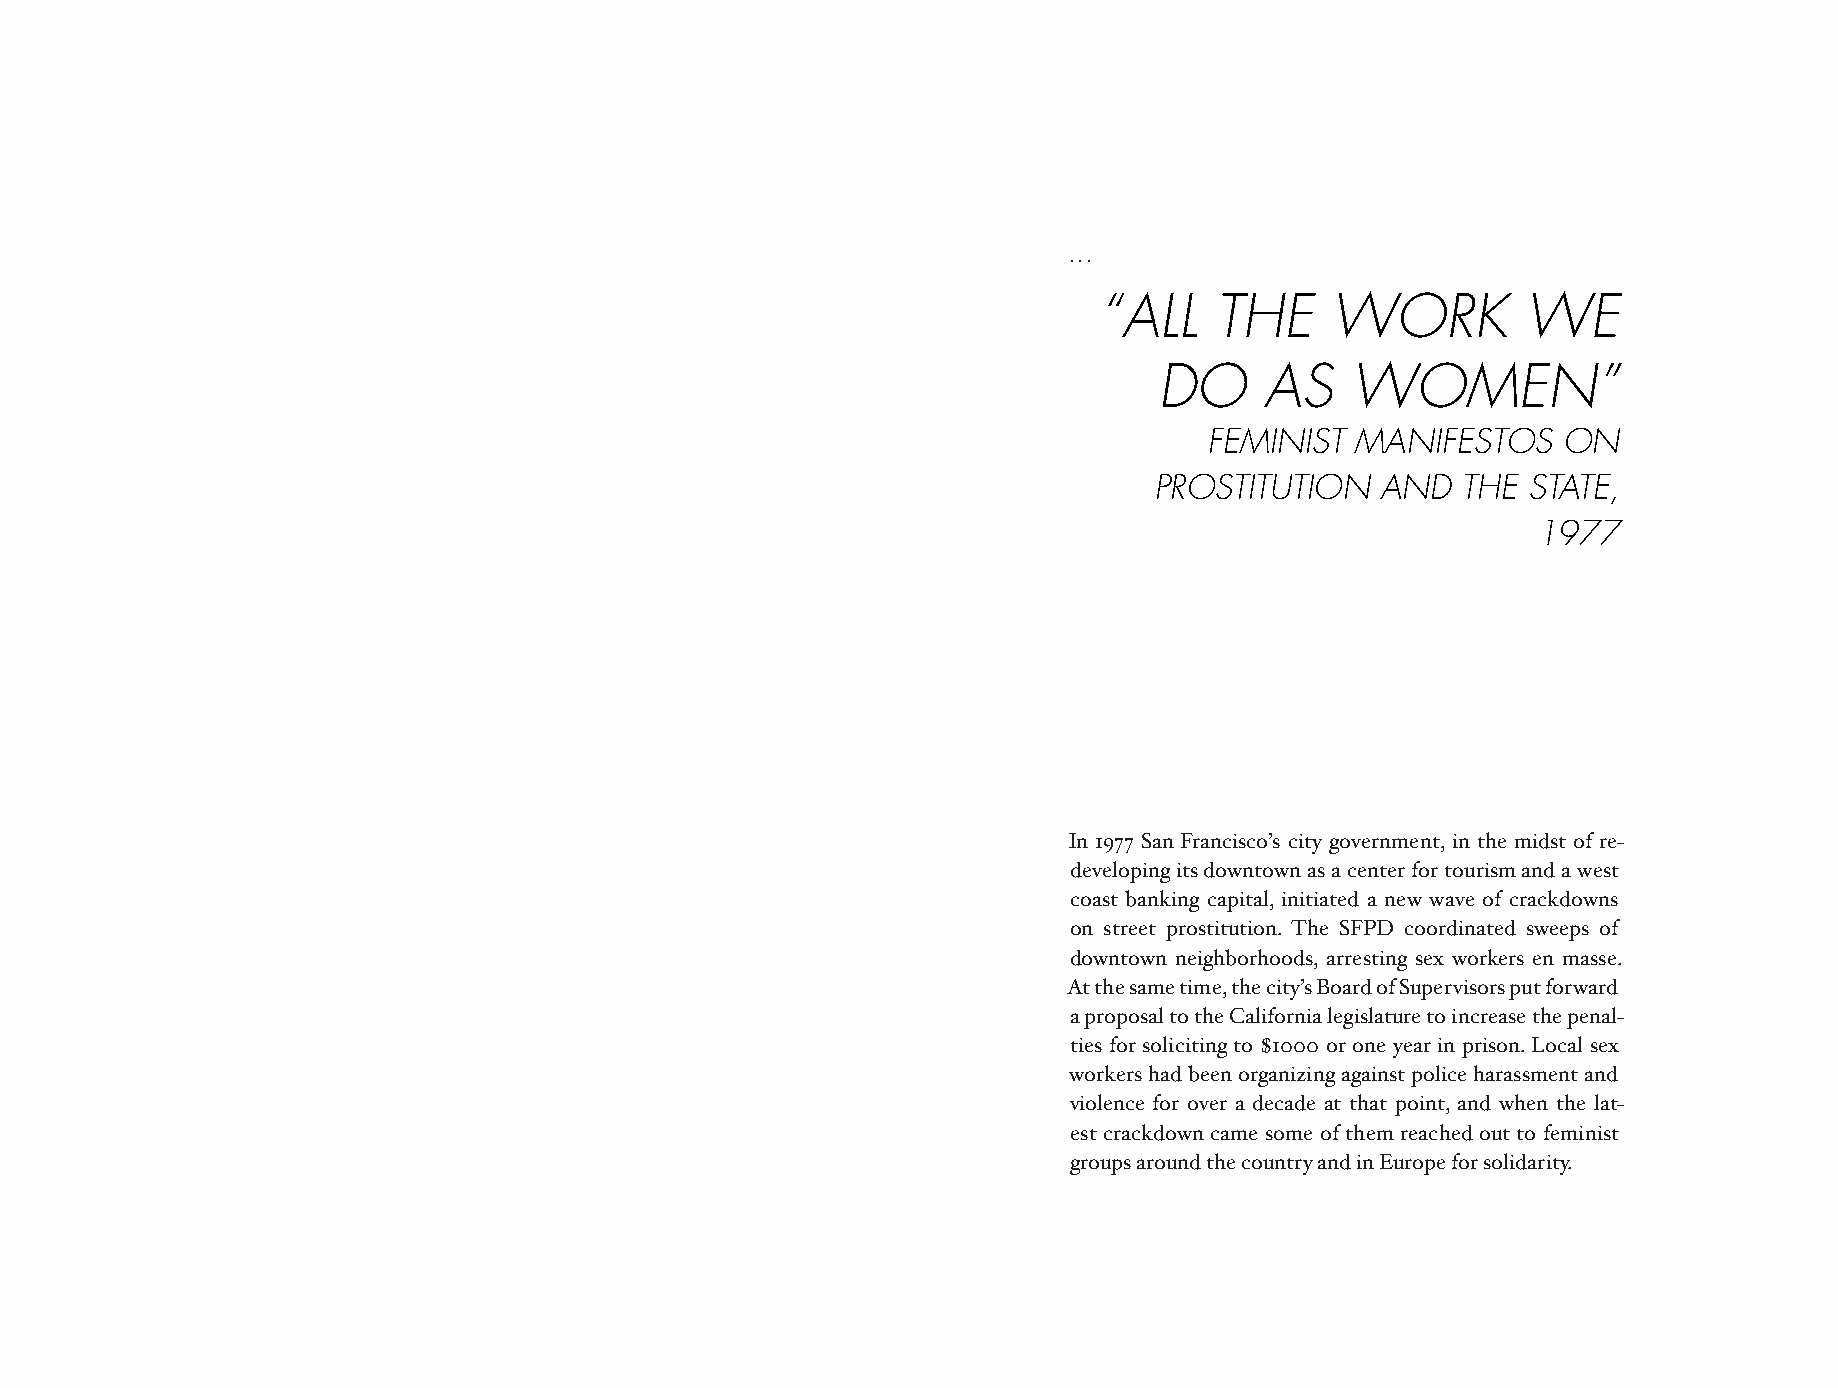
...
 “ALL   THE     WORK         WE
 DO     AS   WOMEN”
 FEMINIST  MANIFESTOS   ON
 PROSTITUTION   AND   THE STATE,
 1977
 In 1977 San Francisco’s city government, in the midst of re-
 developing its downtown as a center for tourism and a west
 coast banking capital, initiated a new wave of crackdowns
 on street prostitution. The SFPD coordinated sweeps of
 downtown neighborhoods, arresting sex workers en masse.
 At the same time, the city’s Board of Supervisors put forward
 a proposal to the California legislature to increase the penal-
 ties for soliciting to $1000 or one year in prison. Local sex
 workers had been organizing against police harassment and
 violence for over a decade at that point, and when the lat-
 est crackdown came some of them reached out to feminist
 groups around the country and in Europe for solidarity.